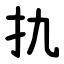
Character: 扏